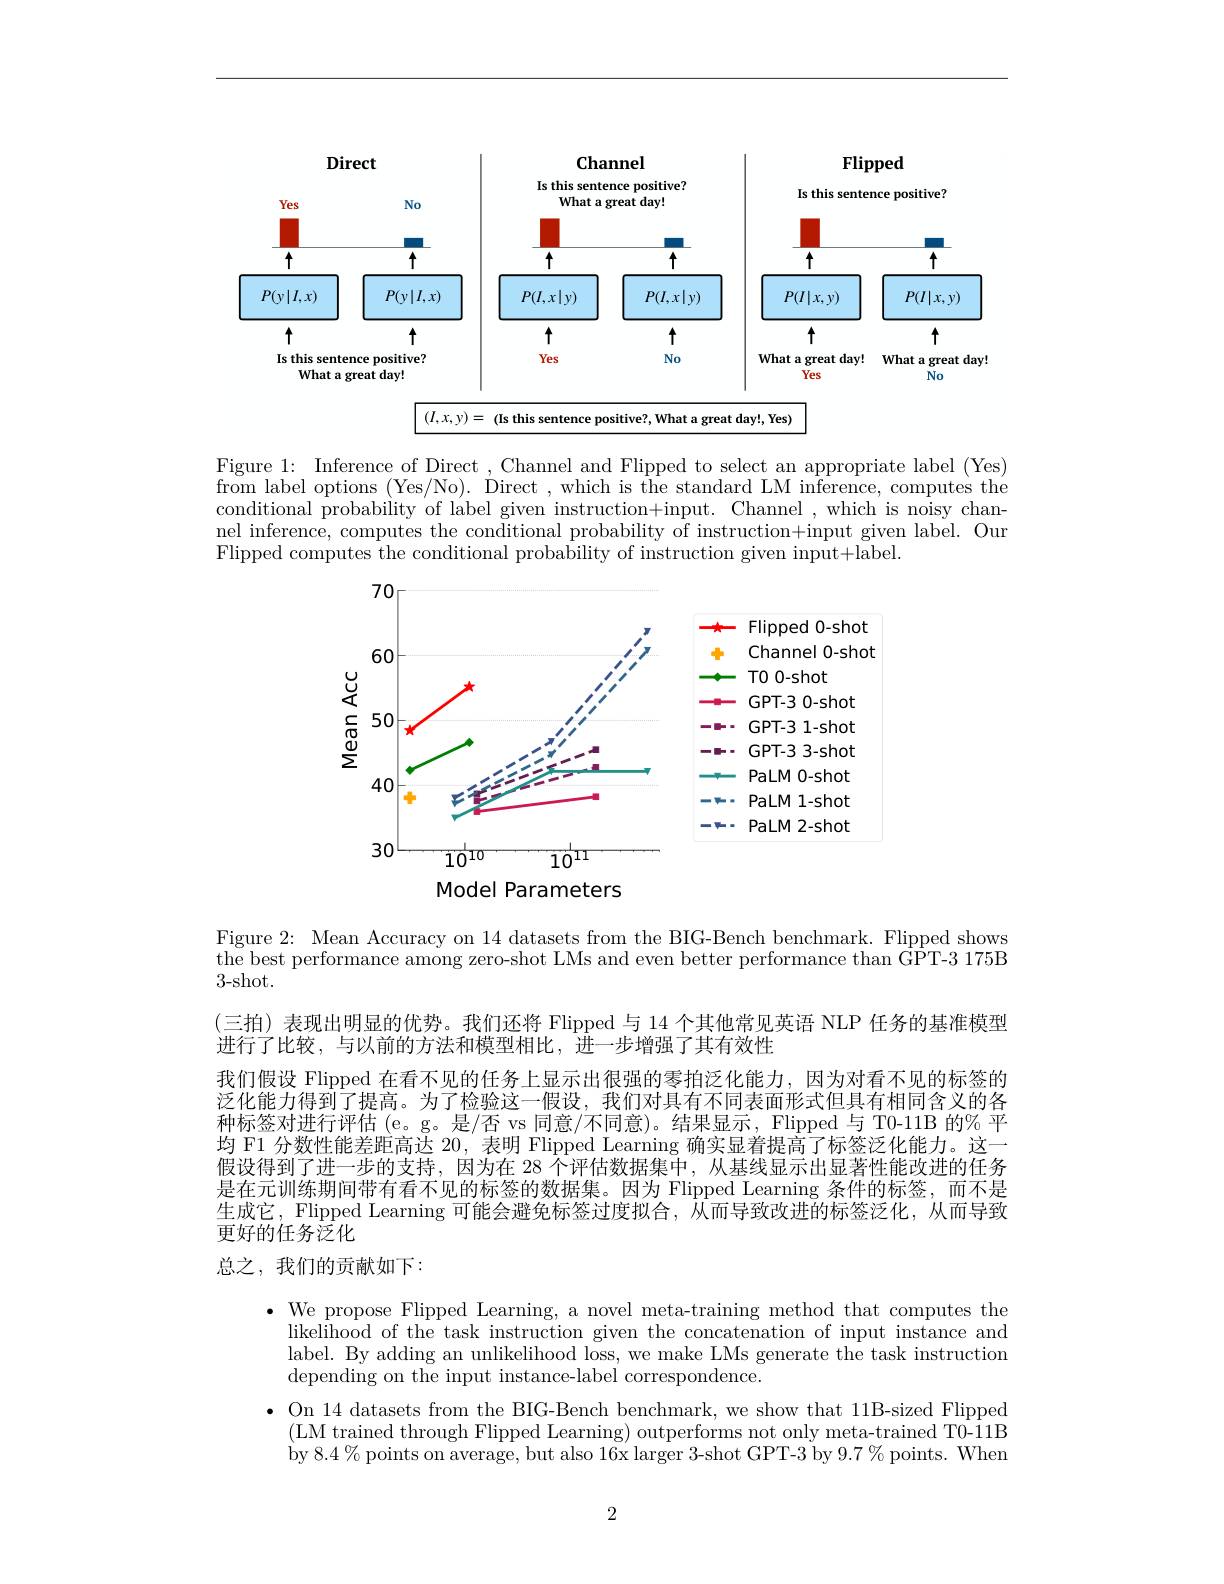
<FigureHere>
$(I,x,y)=$ (Is this sentence positive?, What a great day!, Yes)

Figure 1: Inference of Direct , Channel and Flipped to select an appropriate label (Yes) from label options (Yes/No). Direct , which is the standard LM inference, computes the conditional probability of label given instruction+input. Channel ,which is noisy channel inference, computes the conditional probability of instruction+input given label. Our Flipped computes the conditional probability of instruction given input+label.

<FigureHere>
Model Parameters

Figure 2: Mean Accuracy on 14 datasets from the BIG-Bench benchmark. Flipped shows

the best performance among zero-shot LMs and even better performance than GPT-3 175B

3- shot.

(三拍)表现出明显的优势。我们还将 Flipped 与 14 个其他常见英语 NLP 任务的基准模型
进行了比较，与以前的方法和模型相比，进一步增强了其有效性
我们假设 Flipped 在看不见的任务上显示出很强的零拍泛化能力，因为对看不见的标签的泛化能力得到了提高。为了检验这一假设，我们对具有不同表面形式但具有相同含义的各种标签对进行评估(e。g。是/否 vs 同意/不同意)。结果显示，Flipped 与 T0-11B 的% 平均 F1 分数性能差距高达 20, 表明 Flipped Learning 确实显着提高了标签泛化能力。这一假设得到了进一步的支持，因为在 28 个评估数据集中，从基线显示出显著性能改进的任务是在元训练期间带有看不见的标签的数据集。因为 Flipped Learning 条件的标签，而不是生成它，Flipped Learning 可能会避免标签过度拟合，从而导致改进的标签泛化，从而导致更好的任务泛化
总之，我们的贡献如下：

$\bullet$ We propose Flipped Learning, a novel meta-training method that computes the
likelihood of the task instruction given the concatenation of input instance and label. By adding an unlikelihood loss, we make LMs generate the task instruction depending on the input instance-label correspondence.
$\bullet$ On 14 datasets from the BIG-Bench benchmark, we show that 11B-sized Flipped
(LM trained through Flipped Learning) outperforms not only meta-trained T0-11B by 8.4% points on average, but also 16x larger 3-shot GPT-3 by 9.7 % points. When

2